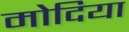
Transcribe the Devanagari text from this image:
मोदिया